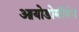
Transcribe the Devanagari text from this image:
आयोडोमीथेन